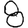
Digit: 8